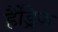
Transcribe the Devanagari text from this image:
हैंड्रिक